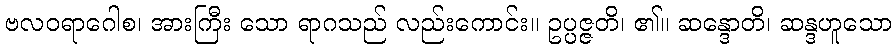
ဗလဝရာဂေါစ၊ အားကြီး သော ရာဂသည် လည်းကောင်း။ ဥပ္ပဇ္ဇတိ၊ ၏။ ဆန္ဒောတိ၊ ဆန္ဒဟူသော